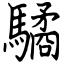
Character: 驈